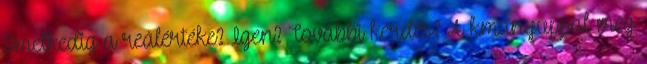
Emelkedig a reálértéke? Igen? További kérdés? A kmanyuppal meg